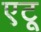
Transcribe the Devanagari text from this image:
एटू